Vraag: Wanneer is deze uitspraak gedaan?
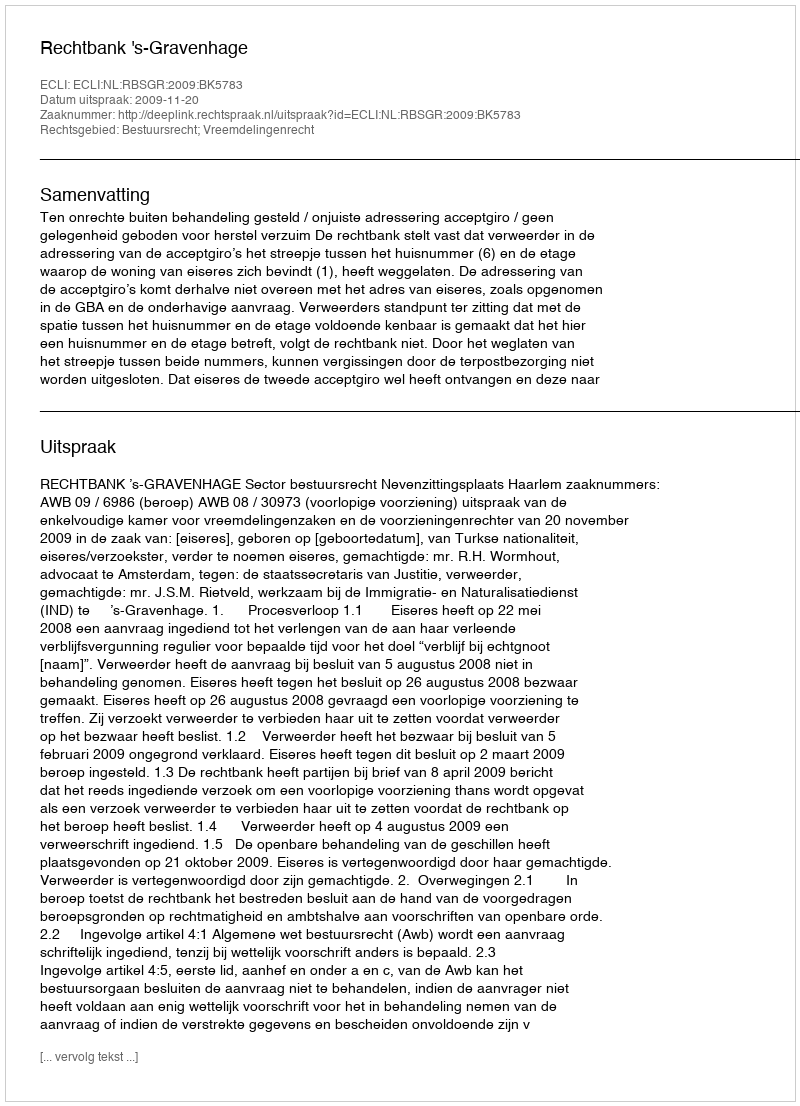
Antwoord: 2009-11-20